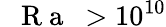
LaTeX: \mathrm{~\textit~{~R~a~}~}>10^{10}